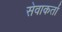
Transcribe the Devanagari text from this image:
सेवाकर्ता